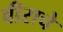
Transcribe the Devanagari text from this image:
वीराचे